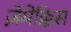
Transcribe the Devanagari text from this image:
ज़ेमेक्किस